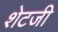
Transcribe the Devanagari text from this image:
शेटजी